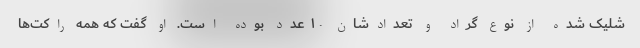
شلیک شده از نوع گراد و تعدادشان ۱۰ عدد بوده است. او گفت که همه راکت‌ها